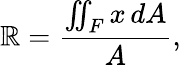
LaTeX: \mathbb{R}={\frac{{\iint_{F}x\, dA}}{{A}}},